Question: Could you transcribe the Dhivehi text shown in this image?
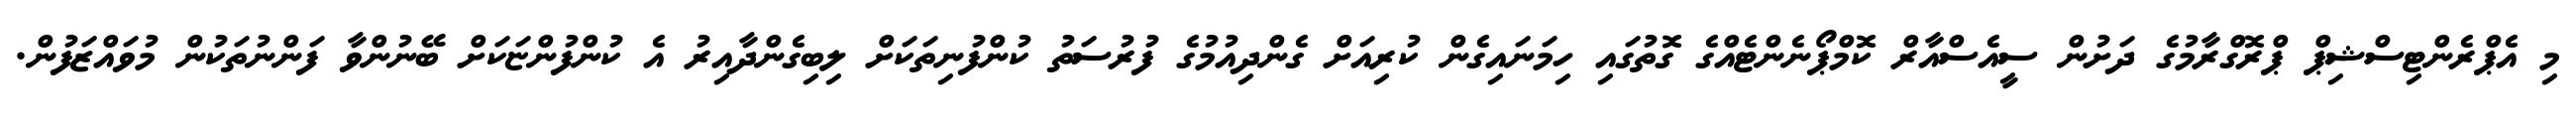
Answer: މި އެޕްރެންޓިސްޝިޕް ޕްރޮގްރާމުގެ ދަށުން ސީއެސްއާރް ކޮމްޕޯނެންޓެއްގެ ގޮތުގައި ހިމަނައިގެން ކުރިއަށް ގެންދިއުމުގެ ފުރުސަތު ކުންފުނިތަކަށް ލިބިގެންދާއިރު އެ ކުންފުންޏަކަށް ބޭނުންވާ ފަންނުތަކުން މުވައްޒަފުން.